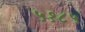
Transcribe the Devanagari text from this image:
५१८५